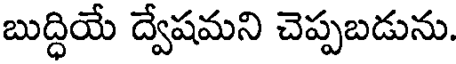
బుద్ధియే ద్వేషమని చెప్పబడును.